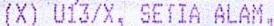
(X) U13/X, SETIA ALAM,